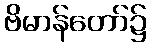
ဗိမာန်တော်၌